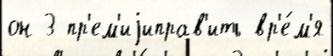
он 3 пр'ем'иjиправ'ить вр'е́м'я